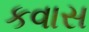
કવાસ